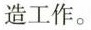
造工作。